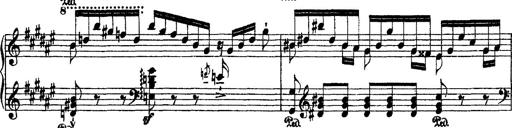
Title: 2 KonzertetÃ¼den
Composer: Franz Liszt